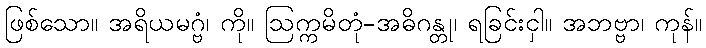
ဖြစ်သော။ အရိယမဂ္ဗံ၊ ကို။ ဩက္ကမိတုံ-အဓိဂန္တု၊ ရခြင်းငှါ။ အဘဗ္ဗာ၊ ကုန်။